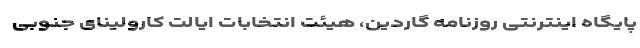
پایگاه اینترنتی روزنامه گاردین، هیئت انتخابات ایالت کارولینای جنوبی